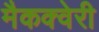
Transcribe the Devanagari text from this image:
मैकक्वेरी